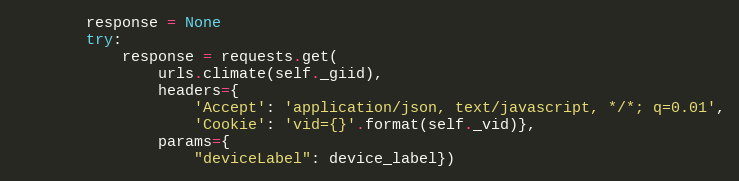
Language: Python
        response = None
        try:
            response = requests.get(
                urls.climate(self._giid),
                headers={
                    'Accept': 'application/json, text/javascript, */*; q=0.01',
                    'Cookie': 'vid={}'.format(self._vid)},
                params={
                    "deviceLabel": device_label})